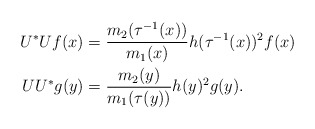
\begin{align*}U^\ast Uf(x)&=\frac{m_2(\tau^{-1}(x))}{m_1(x)}h(\tau^{-1}(x))^2 f(x)\\U U ^*g(y)&=\frac{m_2(y)}{m_1(\tau(y))}h(y)^2 g(y).\end{align*}